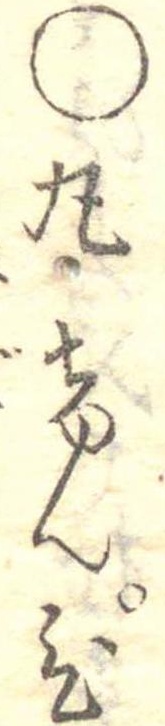
○丸けんぴ